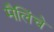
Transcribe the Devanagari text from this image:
मैलिंचे